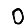
Digit: 0